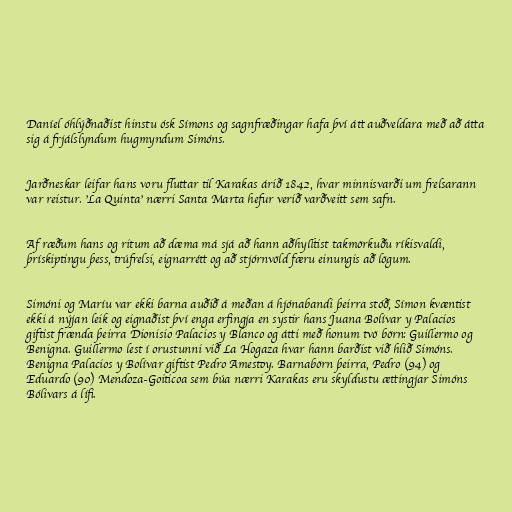
Daníel óhlýðnaðist hinstu ósk Símons og sagnfræðingar hafa því átt auðveldara með að átta
sig á frjálslyndum hugmyndum Simóns.

Jarðneskar leifar hans voru fluttar til Karakas árið 1842, hvar minnisvarði um frelsarann
var reistur. 'La Quinta' nærri Santa Marta hefur verið varðveitt sem safn.

Af ræðum hans og ritum að dæma má sjá að hann aðhylltist takmörkuðu ríkisvaldi,
þrískiptingu þess, trúfrelsi, eignarrétt og að stjórnvöld færu einungis að lögum.

Simóni og Maríu var ekki barna auðið á meðan á hjónabandi þeirra stóð, Símon kvæntist
ekki á nýjan leik og eignaðist því enga erfingja en systir hans Juana Bolívar y Palacios
giftist frænda þeirra Dionisio Palacios y Blanco og átti með honum tvö börn: Guillermo og
Benigna. Guillermo lest í orustunni við La Hogaza hvar hann barðist við hlið Simóns.
Benigna Palacios y Bolívar giftist Pedro Amestoy. Barnabörn þeirra, Pedro (94) og
Eduardo (90) Mendoza-Goiticoa sem búa nærri Karakas eru skyldustu ættingjar Simóns
Bólivars á lífi.